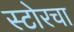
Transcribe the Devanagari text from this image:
स्टोरचा